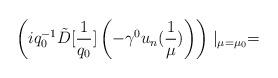
LaTeX: \begin{align*}\left(iq_{0}^{-1}\tilde{D}[\frac{1}{q_{0}}]\left(-\gamma^{0}u_{n}(\frac{1}{\mu})\right)\right)\mid_{\mu=\mu_{0}}=\end{align*}